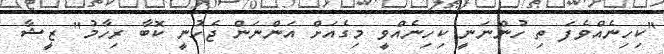
"ކިހިނެއްވެފަ ތި ހުންނަނީ ކިހިނެއްވީ މިގެއަށް އަންނަން ޖެހުނީ ކޮބާ ރިހާމު" ޒީޝާ